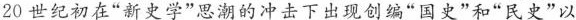
20世纪初在”新史学”思潮的冲击下出现创编”国史”和”民史”以